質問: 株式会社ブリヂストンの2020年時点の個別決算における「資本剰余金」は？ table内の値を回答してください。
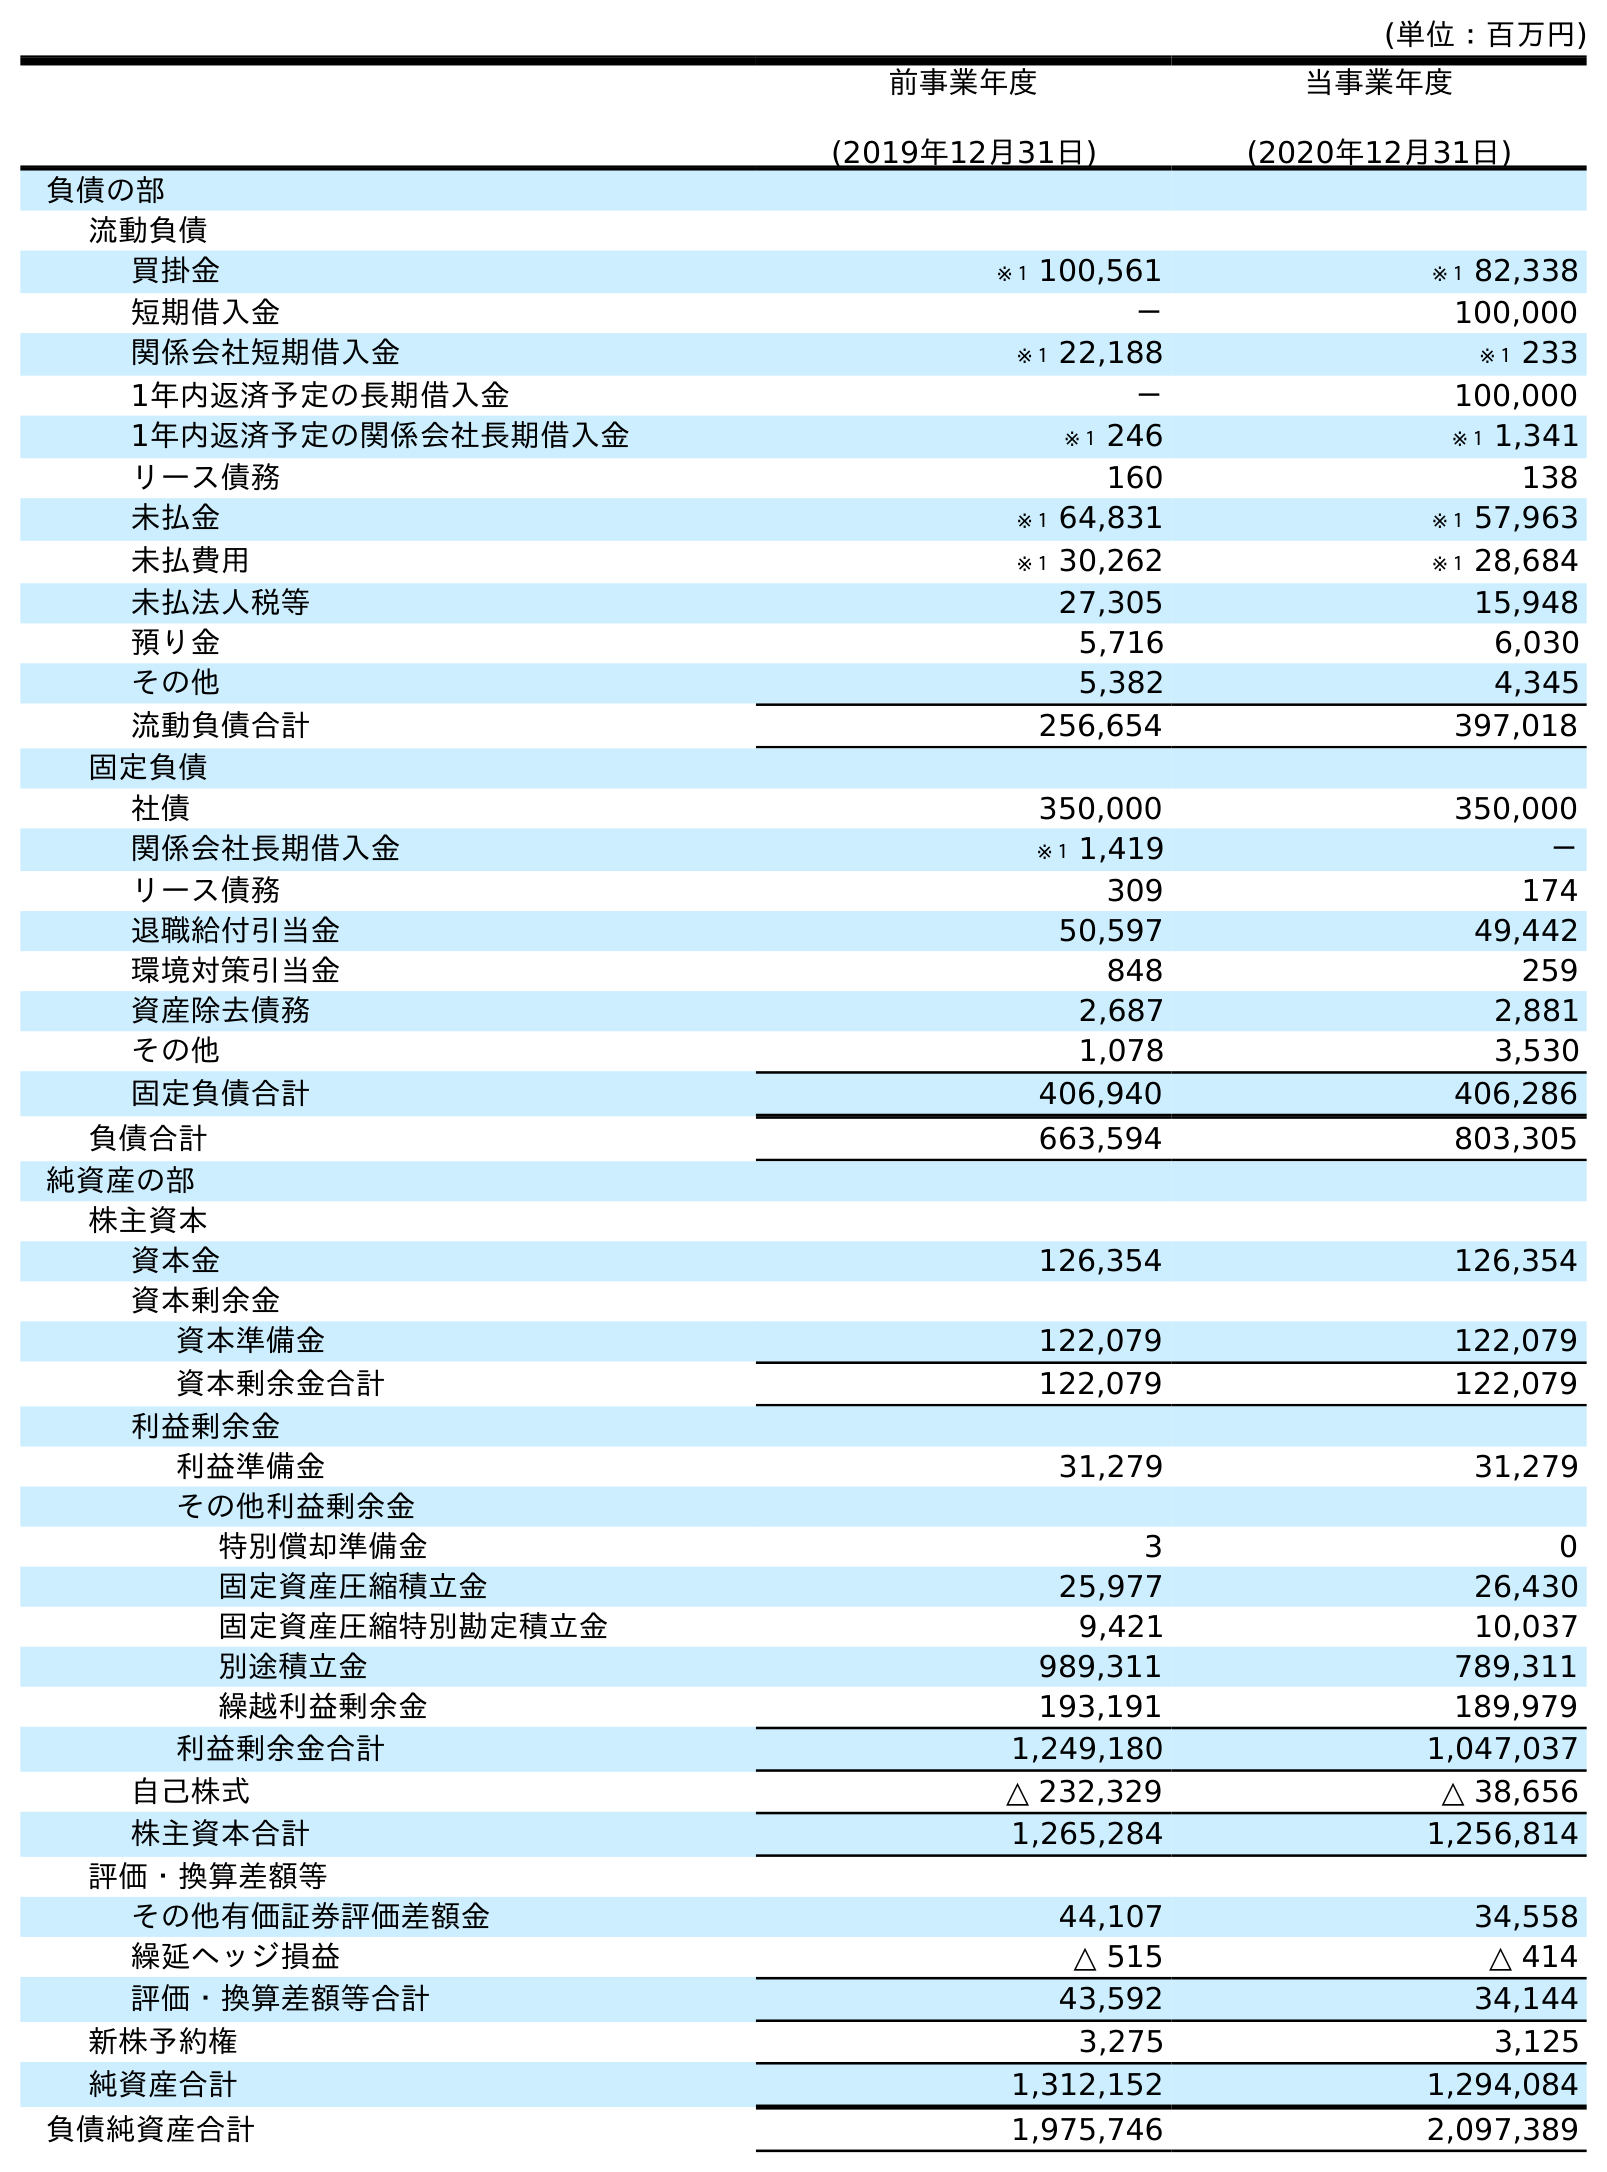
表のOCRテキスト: (単位：百万円) 前事業年度 (2019年12月31日) 当事業年度 (2020年12月31日) 負債の部 流動負債 買掛金 ※１ 100,561 ※１ 82,338 短期借入金 － 100,000 関係会社短期借入金 ※１ 22,188 ※１ 233 1年内返済予定の長期借入金 － 100,000 1年内返済予定の関係会社長期借入金 ※１ 246 ※１ 1,341 リース債務 160 138 未払金 ※１ 64,831 ※１ 57,963 未払費用 ※１ 30,262 ※１ 28,684 未払法人税等 27,305 15,948 預り金 5,716 6,030 その他 5,382 4,345 流動負債合計 256,654 397,018 固定負債 社債 350,000 350,000 関係会社長期借入金 ※１ 1,419 － リース債務 309 174 退職給付引当金 50,597 49,442 環境対策引当金 848 259 資産除去債務 2,687 2,881 その他 1,078 3,530 固定負債合計 406,940 406,286 負債合計 663,594 803,305 純資産の部 株主資本 資本金 126,354 126,354 資本剰余金 資本準備金 122,079 122,079 資本剰余金合計 122,079 122,079 利益剰余金 利益準備金 31,279 31,279 その他利益剰余金 特別償却準備金 3 0 固定資産圧縮積立金 25,977 26,430 固定資産圧縮特別勘定積立金 9,421 10,037 別途積立金 989,311 789,311 繰越利益剰余金 193,191 189,979 利益剰余金合計 1,249,180 1,047,037 自己株式 △ 232,329 △ 38,656 株主資本合計 1,265,284 1,256,814 評価・換算差額等 その他有価証券評価差額金 44,107 34,558 繰延ヘッジ損益 △ 515 △ 414 評価・換算差額等合計 43,592 34,144 新株予約権 3,275 3,125 純資産合計 1,312,152 1,294,084 負債純資産合計 1,975,746 2,097,389
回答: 122,079